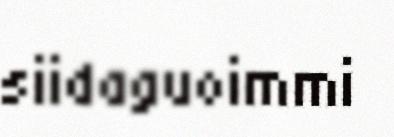
siidaguoimmi